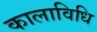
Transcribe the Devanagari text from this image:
कालाविधि